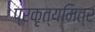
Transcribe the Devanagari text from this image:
प्रकृत्यमित्र